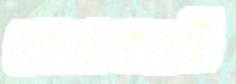
প্রোপেলারটি